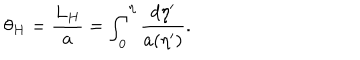
\theta _ { H } = { \frac { L _ { H } } { a } } = \int _ { 0 } ^ { \eta } { \frac { d \eta ^ { \prime } } { a ( \eta ^ { \prime } ) } } .